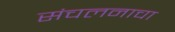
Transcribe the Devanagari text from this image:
संचलनाचा